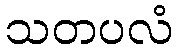
သတပလံ